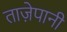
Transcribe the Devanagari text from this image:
ताज़ेपानी